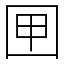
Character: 㘡